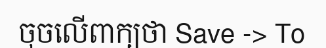
ចុចលើពាក្យថា Save -> To